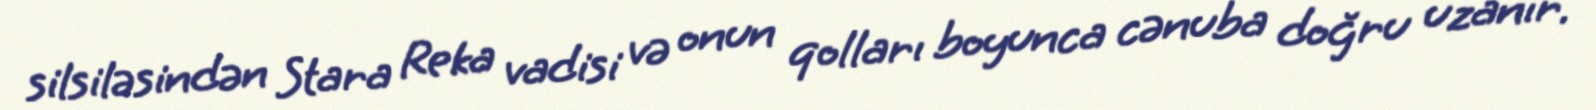
silsiləsindən Stara Reka vadisi və onun qolları boyunca cənuba doğru uzanır.